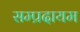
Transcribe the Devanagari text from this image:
सम्प्रदायम